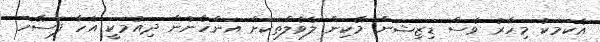
އެކަމަކު މިހާރު ވެސް ޑިޒިޝަން މޭކިން ލެވެލްތަކަށް އަންހެނުން ދިއުމަކީ އެހާ ފަސޭހަ